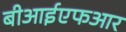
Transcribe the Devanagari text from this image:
बीआईएफआर